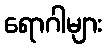
ရောဂါများ